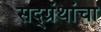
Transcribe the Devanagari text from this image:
सद्ग्रंथांचा